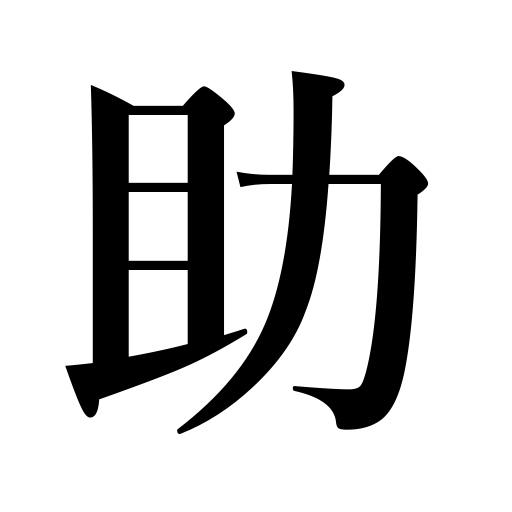
Meanings: spare life,give relief to,abet,rescue,help,be saved,survive,be rescued,reinforce,be helpful,save,assistance,promote